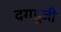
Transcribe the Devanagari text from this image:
दगडूजी